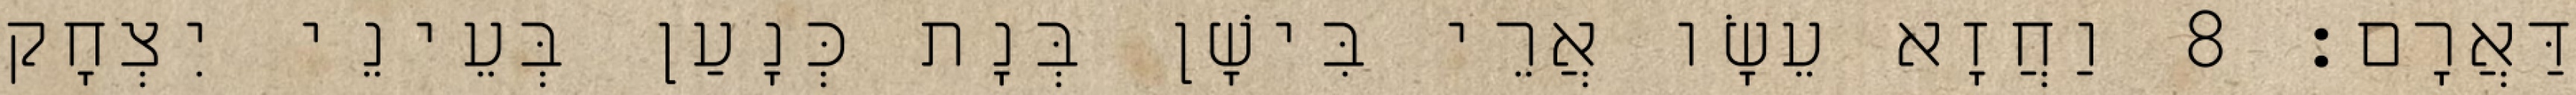
דַּאֲרָם׃ 8 וַחֲזָא עֵשָׂו אֲרֵי בִּישָׁן בְּנָת כְּנָעַן בְּעֵינֵי יִצְחָק